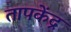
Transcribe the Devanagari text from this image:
तापकेंद्र